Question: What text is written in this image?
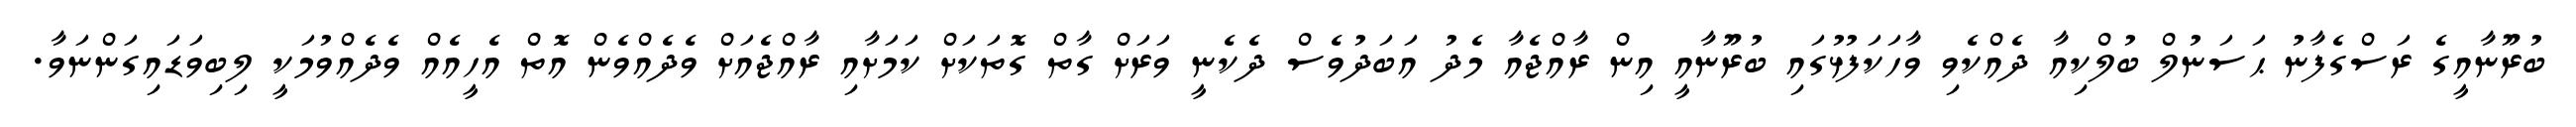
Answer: ބުރޫނާއީގެ ރަސްގެފާނު ޙަސަނުލް ބުލްކިއާ ދެއްކެވި ވާހަކަފުޅުގައި ބުރޫނާއީ އިން ރާއްޖެއާ މެދު އަބަދުވެސް ދެކެނީ ވަރަށް ގާތް ގޮތަކަށް ކަމަށާއި ރާއްޖެއަށް ވެދެއްވެން އޮތް އެހީއެއް ވެދެއްވުމަކީ ލިބިވަޑައިގަންނަވާ.